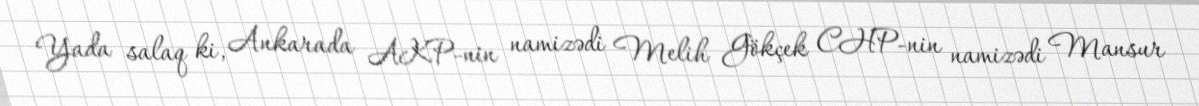
Yada salaq ki, Ankarada AKP-nin namizədi Melih Gökçek CHP-nin namizədi Mansur